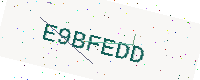
Text: E9BFEDD